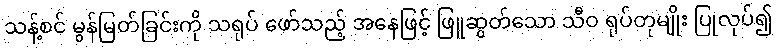
သန့်စင် မွန်မြတ်ခြင်းကို သရုပ် ဖော်သည့် အနေဖြင့် ဖြူဆွတ်သော သီဝ ရုပ်တုမျိုး ပြုလုပ်၍